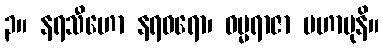
၃။ နရသီဟော နရဝရော၊ ဓမ္မရာဇာ မဟာမုနိ။